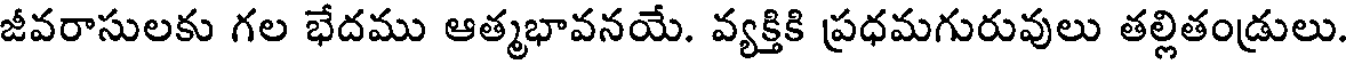
జీవరాసులకు గల భేదము ఆత్మభావనయే. వ్యక్తికి ప్రధమగురువులు తల్లితండ్రులు.